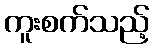
ကူးစက်သည့်